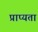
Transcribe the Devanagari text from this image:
प्राप्यता